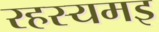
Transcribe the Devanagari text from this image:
रहस्यमइ